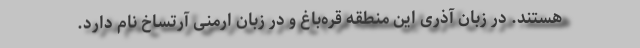
هستند. در زبان آذری این منطقه قره‌باغ و در زبان ارمنی آرتساخ نام دارد.